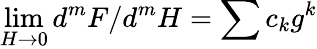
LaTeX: \operatorname*{lim}_{H\rightarrow 0}d^{m}F/d^{m}H=\sum c_{k}g^{k}